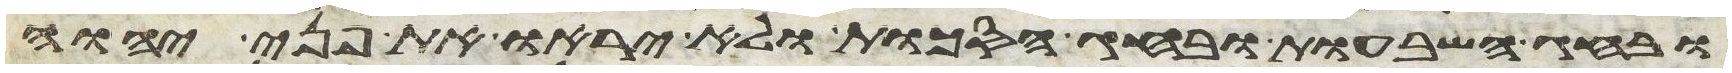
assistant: ובחג השבעות ובחג הסכות ולא יראו את פני יהוה